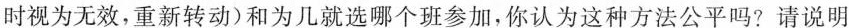
时视为无效，重新转动)和为几就选哪个班参加，你认为这种方法公平吗?请说明